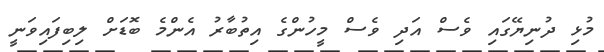
މުޅި ދުނިޔޭގައި ވެސް އަދި ވެސް މީހުންގެ އިތުބާރު އެންމެ ބޮޑަށް ލިބިފައިވަނީ